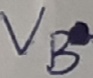
Text: VB